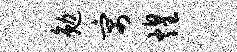
勉寓煌